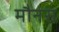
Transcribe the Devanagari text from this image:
मौनस